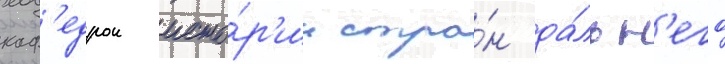
каф'едрои исто́р'ии стра́н да́льн'его